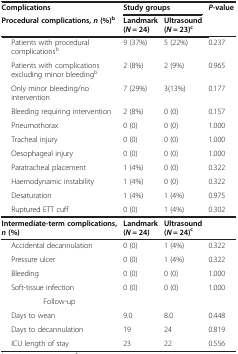
| Complications | <COLSPAN=2> Study groups | P-value |
 | Procedural complications,n(%)b | Landmark (N = 24) | Ultrasound (N = 23)c |  |
 | --- | --- | --- | --- |
 | Patients with procedural complicationsb | 9 (37%) | 5 (22%) | 0.237 |
 | Patients with complications excluding minor bleedingb | 2 (8%) | 2 (9%) | 0.965 |
 | Only minor bleeding/no intervention | 7 (29%) | 3(13%) | 0.177 |
 | Bleeding requiring intervention | 2 (8%) | 0 (0) | 0.157 |
 | Pneumothorax | 0 (0) | 0 (0) | 1.000 |
 | Tracheal injury | 0 (0) | 0 (0) | 1.000 |
 | Oesophageal injury | 0 (0) | 0 (0) | 1.000 |
 | Paratracheal placement | 1 (4%) | 0 (0) | 0.322 |
 | Haemodynamic instability | 1 (4%) | 0 (0) | 0.322 |
 | Desaturation | 1 (4%) | 1 (4%) | 0.975 |
 | Ruptured ETT cuff | 0 (0) | 1 (4%) | 0.302 |
 | Intermediate-term complications,n(%) | Landmark(N = 24) | Ultrasound (N = 24)c |  |
 | Accidental decannulation | 0 (0) | 1 (4%) | 0.322 |
 | Pressure ulcer | 0 (0) | 1 (4%) | 0.322 |
 | Bleeding | 0 (0) | 0 (0) | 1.000 |
 | Soft-tissue infection | 0 (0) | 0 (0) | 1.000 |
 | Follow-up |  |  |  |
 | Days to wean | 9.0 | 8.0 | 0.448 |
 | Days to decannulation | 19 | 24 | 0.819 |
 | ICU length of stay | 23 | 22 | 0.556 |